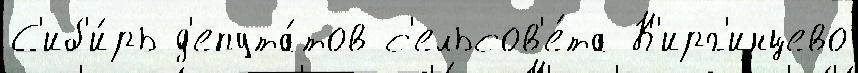
С'иб'и́рь д'епута́тов с'ельсов'е́та К'ирг'инцево